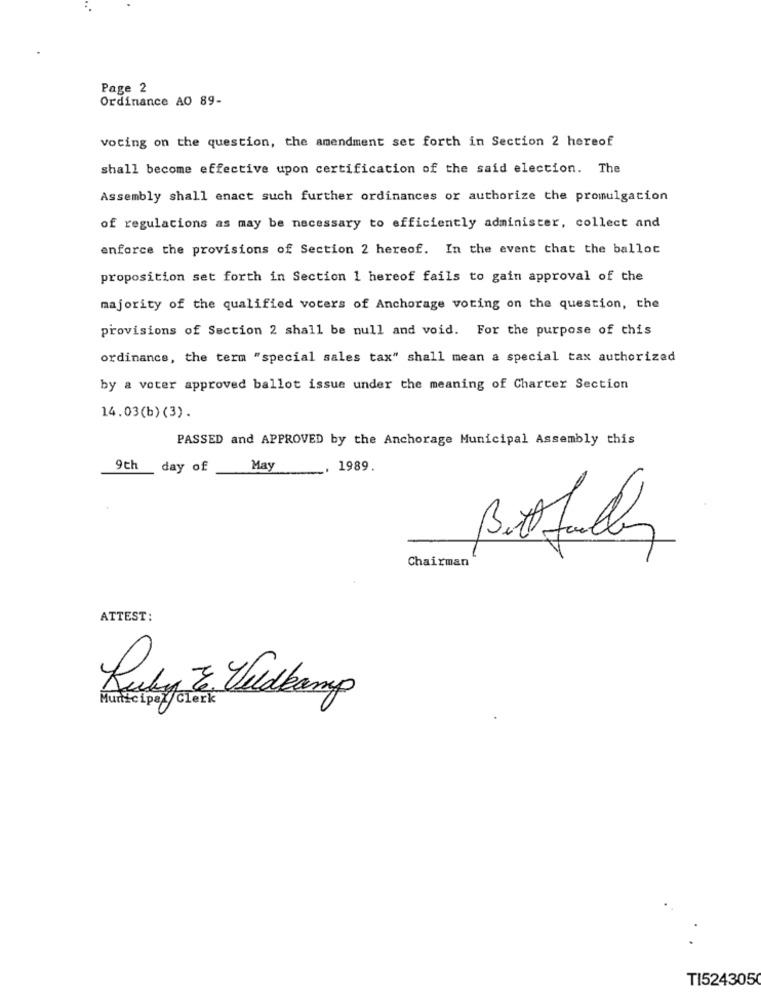
Page 2
Ordinance AO 89-
voting on the question, the amendment set forth in Section 2 hereof
shall become effective upon certification of the said election. The
Assembly shall enact such further ordinances or authorize the promulgation
of regulations as may be necessary to efficiently administer, collect and
enforce the provisions of Section 2 hereof. In the event that the ballot
proposition set forth in Section 1 hereof fails to gain approval of the
majority of the qualified voters of Anchorage voting on the question, the
provisions of Section 2 shall be null and void. For the purpose of this
ordinance, the term "special sales tax" shall mean a special tax authorized
by a voter approved ballot issue under the meaning of Charter Section
14.03(b)(3).
PASSED and APPROVED by the Anchorage Municipal Assembly this
9th day of
May
1989.
Chairman
ATTEST:
Ruby & Veldkamp
Municipal/Clerk
TI5243050